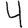
Digit: 4